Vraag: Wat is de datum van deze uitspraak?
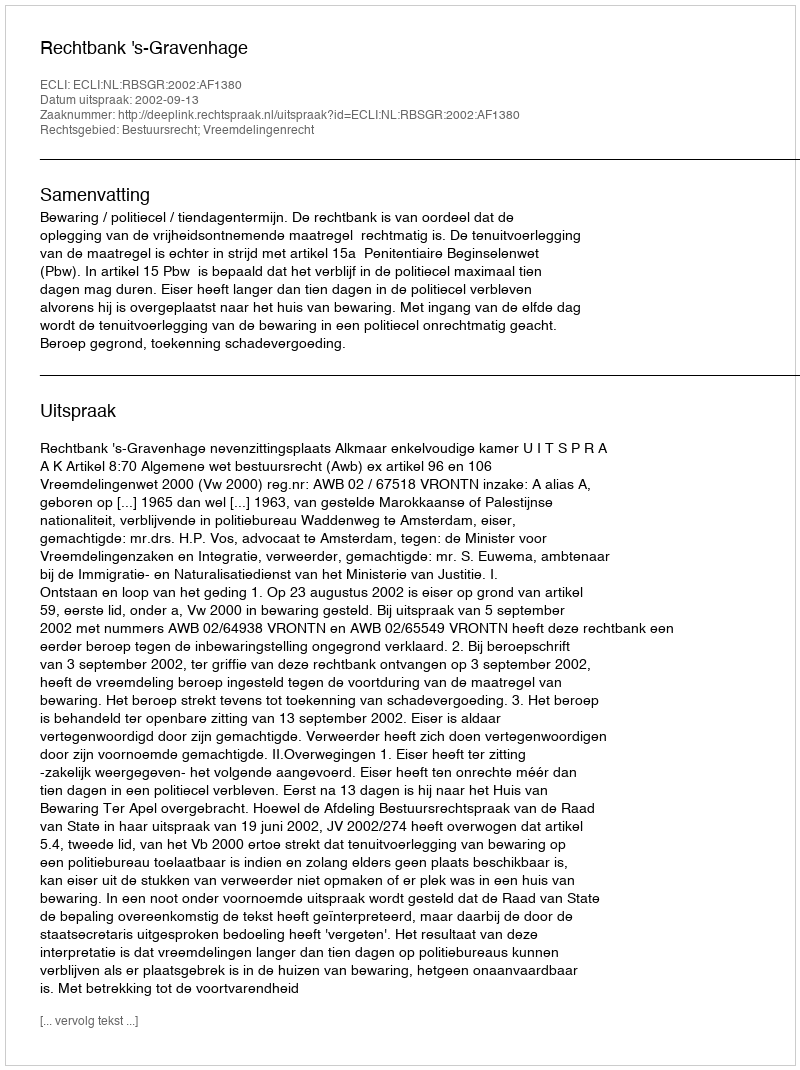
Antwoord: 2002-09-13